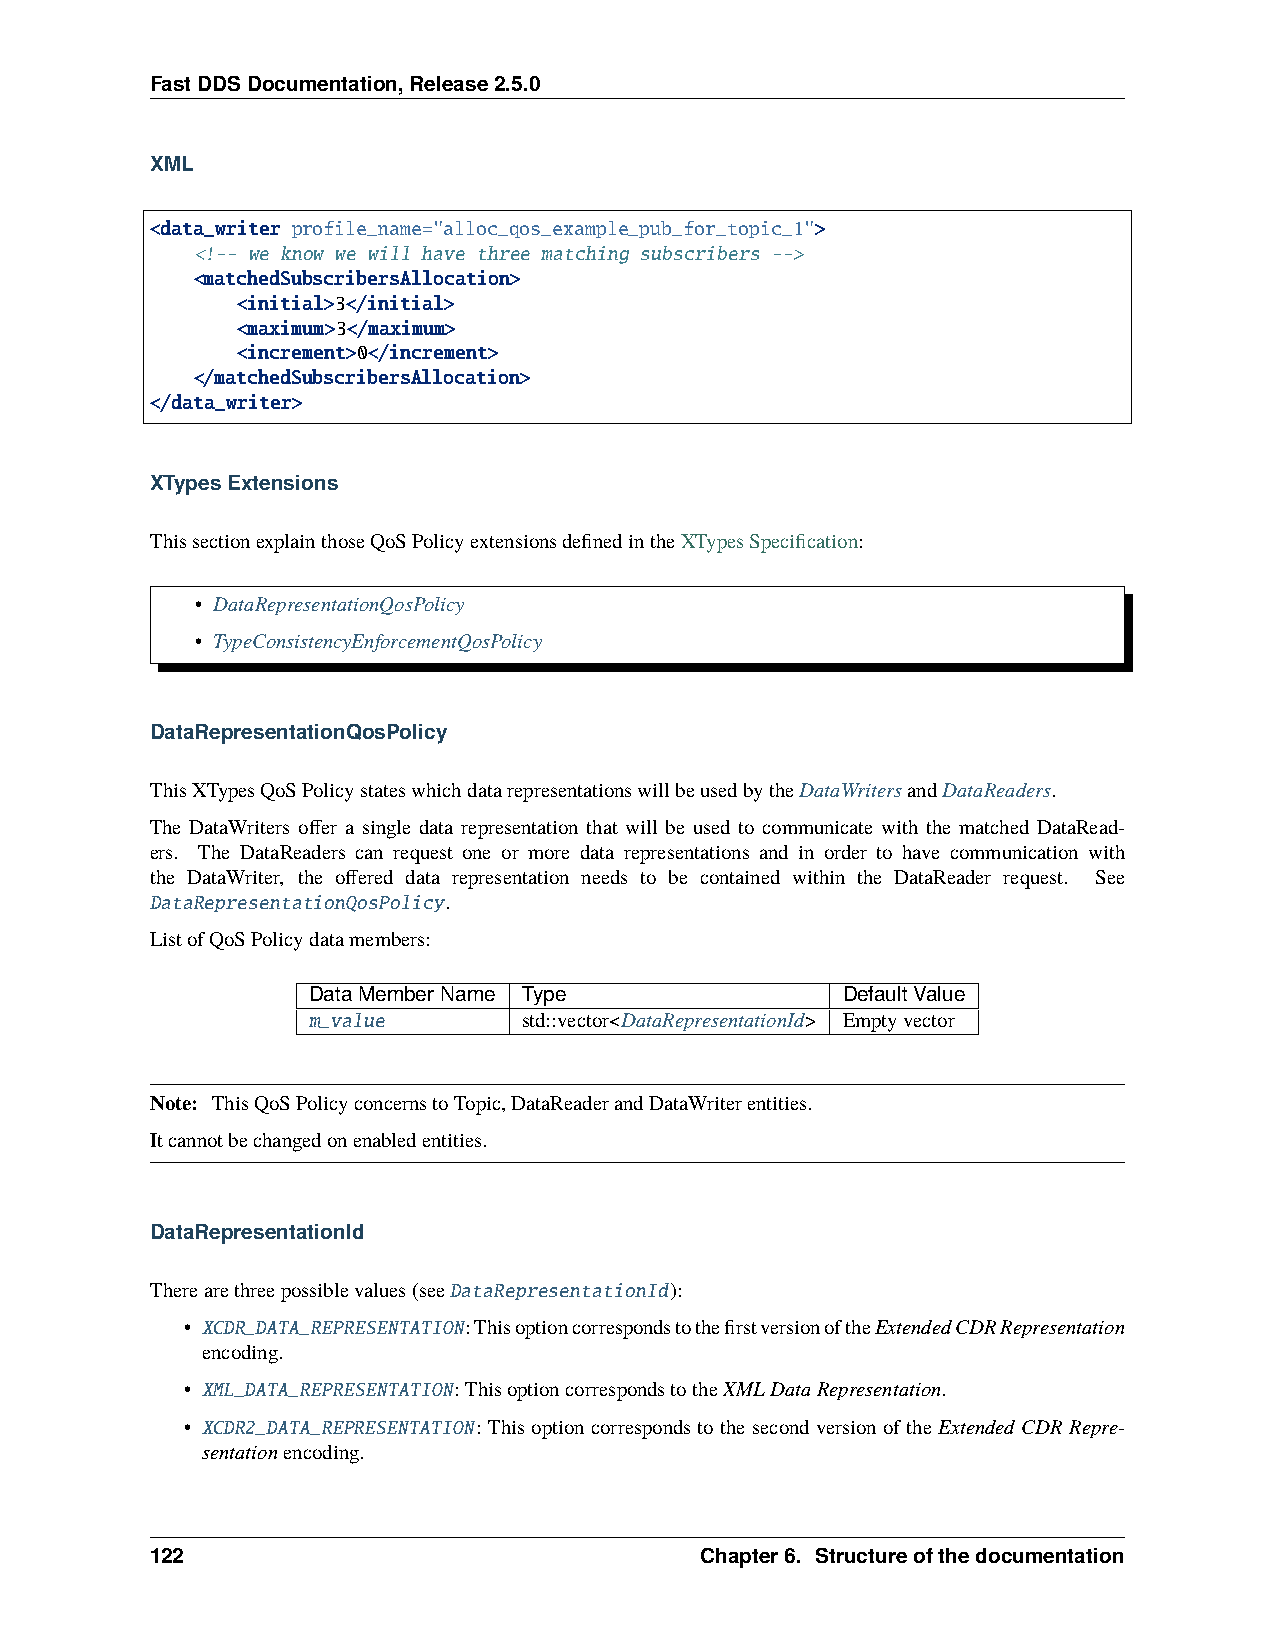
FastDDSDocumentation,Release2.5.0
 XML
 <data_writer profile_name="alloc_qos_example_pub_for_topic_1">
 <!-- we know we will have three matching subscribers -->
 <matchedSubscribersAllocation>
 <initial>3</initial>
 <maximum>3</maximum>
 <increment>0</increment>
 </matchedSubscribersAllocation>
 </data_writer>
 XTypesExtensions
 ThissectionexplainthoseQoSPolicyextensionsdefinedintheXTypesSpecification:
 • DataRepresentationQosPolicy
 • TypeConsistencyEnforcementQosPolicy
 DataRepresentationQosPolicy
 ThisXTypesQoSPolicystateswhichdatarepresentationswillbeusedbytheDataWritersandDataReaders.
 The DataWriters offer a single data representation that will be used to communicate with the matched DataRead-
 ers. The DataReaders can request one or more data representations and in order to have communication with
 the DataWriter, the offered data representation needs to be contained within the DataReader request. See
 DataRepresentationQosPolicy.
 ListofQoSPolicydatamembers:
 DataMemberName Type                 DefaultValue
 m_value        std::vector<DataRepresentationId> Emptyvector
 Note: ThisQoSPolicyconcernstoTopic,DataReaderandDataWriterentities.
 Itcannotbechangedonenabledentities.
 DataRepresentationId
 Therearethreepossiblevalues(seeDataRepresentationId):
 • XCDR_DATA_REPRESENTATION:ThisoptioncorrespondstothefirstversionoftheExtendedCDRRepresentation
 encoding.
 • XML_DATA_REPRESENTATION:ThisoptioncorrespondstotheXMLDataRepresentation.
 • XCDR2_DATA_REPRESENTATION: This option corresponds to the second version of the Extended CDR Repre-
 sentationencoding.
 122                                 Chapter6. Structureofthedocumentation